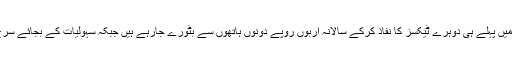
انہوں نے کہا کہ آزاد کشمیر میں پہلے ہی دوہرے ٹیکسز کا نفاذ کرکے سالانہ اربوں روپے دونوں ہاتھوں سے بٹورے جارہے ہیں جبکہ سہولیات کے بجائے سرخ جھنڈی دکھا دی جاتی ہے ۔